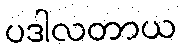
ပဒါလတာယ